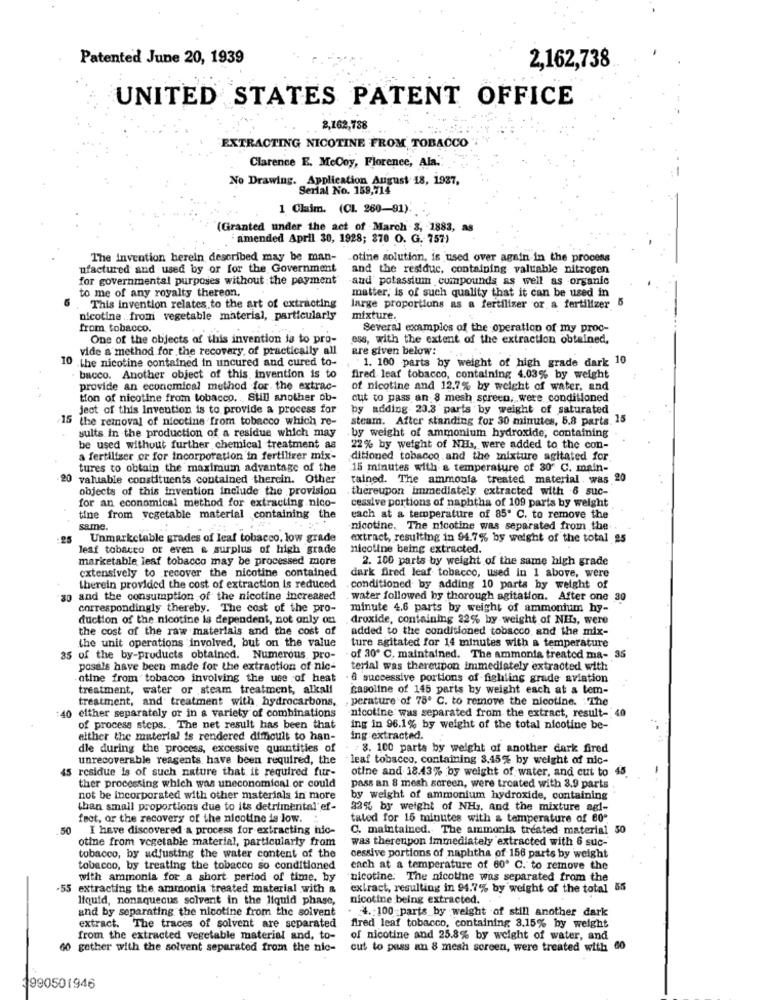
Patented June 20, 1939
2,162,738
UNITED STATES PATENT OFFICE
2,162,788
EXTRACTING NICOTINE FROM TOBACCO
Clarence E. McCoy, Florence, Ala.'
No Drawing. Application August 18, 1937,
Serial No. 159,714
1 Claim. (CL 260-91)
(Granted under the act of March 3, 1883, as
amended April 30, 1928; 370 O. G. 757)
The Invention herein described may be man-
otine solution, is used over again in the process
ufactured and used by or for the Government
and the restduc, containing valuable nitrogen
for governmental purposes without the payment
and' potassium compounds as well as organic
to me of any royalty thereon,
matter, is of such quality that it can be used in
This invention relates to the art of extracting
large proportions as a fertilizer or a fertilizer 5
nicotine .from vegetable material, particularly
mixture.
from tobacco.
Several examples of the operation of my proc-
One of the objects of this invention la to pro-
ess, with the extent of the extraction obtained.
vide a method for the recovery, of practically all
are given below: ...
1. 100 parts by weight of high grade dark 10
10 the nicotine contained in uncured and cured to-
bacco. Another object of this invention is to
fired leaf tobacco, containing 4,03% by weight
provide an economical method for the extrac-
of nicotine and 12.7% by weight of water, and
tion of nicotine from tobacco. .. Still another ob-
cut to pass an 8 mesh screen, were conditioned
ject of this Invention is to provide a process for
by adding 23.3 parts by weight of saturated
15 the removal of nicotine from tobacco which re-
steam. After standing for 30 minutes, 5.8 parts. 15
sults in the production of a residue which may
by weight of ammonium hydroxide, containing
be used without further chemical treatment as
22% by weight of Nils, were added to the con-
a fertilizer or for incorporation in fertilizer mix-
ditioned tobacco and the mixture agitated for
tures to obtain the maximum advantage of the
15 minutes with a temperature of 30" C. main-
20 valuable constituents contained thercin. Other
tained. The ammonia treated material . was 20
objects of this invention include the provision
thereupon immediately extracted with 6 suc-
for an economical method for extracting nico-
cessive portions of naphtha of 109 parts by weight
tine from vegetable material containing the
each at a temperature of 85" C. to remove the
same.
nicotine. The nicotine was separated from the
25
Unmarketable grades of leaf tobacco, low grade
extract, resulting in 94.7% by weight of the total 25
leaf tobacco or even & surplus of high grade
nicotine being extracted.
marketable leaf tobacco may be processed more
2. 100 parts by weight of the same high grade
extensively to recover the nicotine contained
dark fired leaf tobacco, used in 1 above, were
therein provided the cost of extraction is reduced
conditioned by adding 10 parts by weight of
and the consumption of the nicotine increased
water followed by thorough agitation. After one 30
correspondingly thereby. The cost of the pro-
minute 4.6 parts by weight of ammonium hy-
duction of the nicotine is dependent, not only on
droxide, containing 22% by weight of NEJ, were
the cost of the raw materials and the cost of
added to the conditioned tobacco, and the mix-
the unit operations involved, but on the value
ture agitated for 14 minutes with a temperature
35 of the by-products obtained. Numerous, pro-
of 30º C. maintained. The ammonia treated ma- 35
posals have been made for the extraction of nic-
terial was thereupon immediately extracted with
atine from tobacco involving the use of heat
& successive portions of fighting grade aviation
treatment, water or steam treatment, alkall
gasoline of 145 parts by weight each at a tem-
treatment, and treatment with hydrocarbons,
perature of 75º C. to remove the nicotine. . The
nicotine was separated from the extract, result- 40
40 either separately or in a variety of combinations
of process steps. The net result has been that
ing in 96.1% by weight of the total nicotine be-
either the material is rendered difficult to han-
ing extracted.
dle during the process, excessive quantities of
8. 100 parts by weight of another dark fired
unrecoverable reagents have been required, the
- leaf tobacco, containing 3,45% by weight of nic-
45 residue is of such nature that it required fur-
otine and 18.43% by weight of water, and cut to 45
ther processing which was uneconomical or could
pass an 8 mesh screen, were treated with 3.9 parts
not be incorporated with other materials in more
by weight of ammonium hydroxide, containing
than small proportions due to its detrimental'ef-
22% by weight of NH3, and the mixture agl-
feet, or the recovery of the nicotine is low.
taled for 15 minutes with a temperature of 60"
50
I have discovered a process for extracting hic-
C. maintained. The ammonia treated material 50
otine from vegetable material, particularly from
was thereupon immediately extracted with 6 suc-
tobacco, by adjusting the water content of the
cessive portions of naphtha of 156 parts by weight
tobacco, by treating the tobacco so conditioned
each at a temperature of 60º C. to remove the
with ammonia for a short period of time, by
nicotine. The nicotine was separated from the
55 extracting the ammonia treated material with &
extract, resulting in 94.7% by weight of the total 55
liquid, nonaqueous solvent in the liquid phase,
nicotine being extracted.
and by separating the nicotine from the solvent
4. 100 parts by weight of still another dark
extract. The traces of solvent are separated
fired leaf tobacco, containing 3.15% by weight
from the extracted vegetable material and, to-
of nicotine and 25.8% by weight of water, and
60 gether with the solvent separated from the nic-
cut to pass an 8 mesh screen, were treated with 60
1990501946